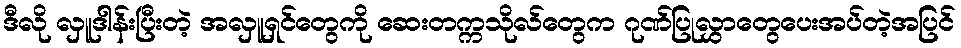
ဒီလို လှူဒါန်းပြီးတဲ့ အလှူရှင်တွေကို ဆေးတက္ကသိုလ်တွေက ဂုဏ်ပြုလွှာတွေပေးအပ်တဲ့အပြင်